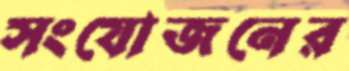
সংযোজনের